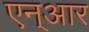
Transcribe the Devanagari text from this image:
एन्‌आर